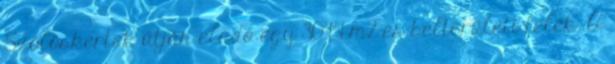
Szőlőskertek útján eladó egy 3094 m2-es belterületi telek. A